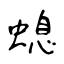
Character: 螅